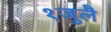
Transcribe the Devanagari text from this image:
१जुलै